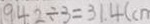
9 4 2 \div 3 = 3 1 4 ( c m